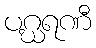
ပဂ္ဃရဏီ